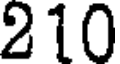
210